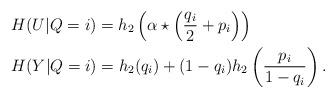
LaTeX: \begin{align*}&H(U|Q=i)=h_2\left(\alpha\star\left(\frac{q_i}{2}+p_i\right)\right)\\&H(Y|Q=i)=h_2(q_i)+(1-q_i)h_2\left(\frac{p_i}{1-q_i}\right). \end{align*}